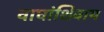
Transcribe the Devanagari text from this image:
वाघांशिवाय